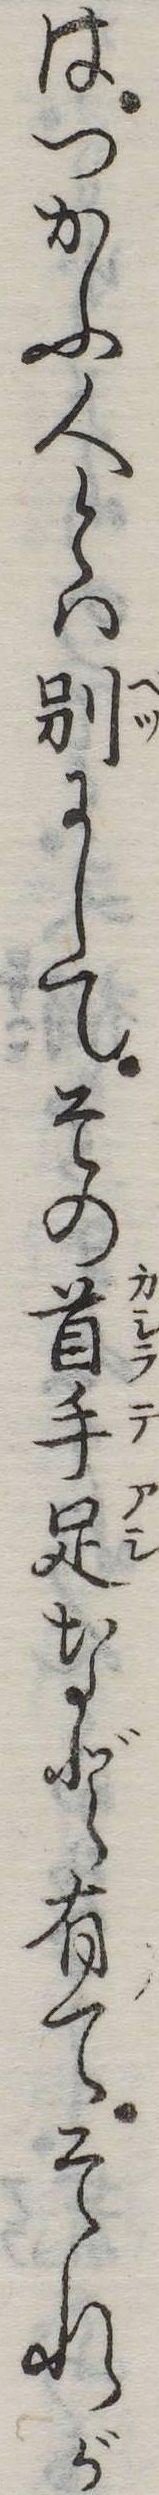
はつかふ人とは別にしてその首手足など有てそれが